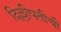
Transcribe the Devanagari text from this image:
दिल्लीपतीची